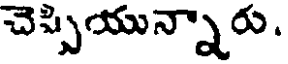
చెప్పియున్నారు.